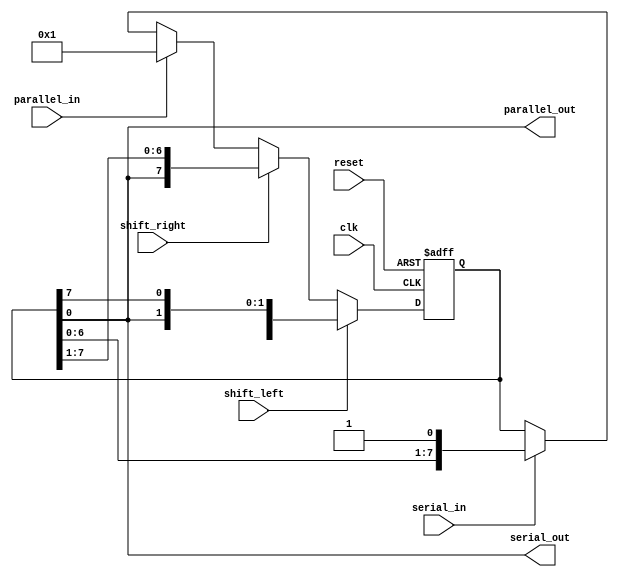
module universal_shift_register (
    input wire clk,
    input wire reset,
    input wire shift_left,
    input wire shift_right,
    input wire parallel_in,
    input wire serial_in,
    output wire parallel_out,
    output wire serial_out
);

reg [7:0] data_reg;

always @(posedge clk or posedge reset)
begin
    if (reset)
        data_reg <= 8'b0;
    else if (shift_left)
        data_reg <= {data_reg[6:0], data_reg[7]};
    else if (shift_right)
        data_reg <= {data_reg[0], data_reg[7:1]};
    else if (parallel_in)
        data_reg <= parallel_in;
    else if (serial_in)
        data_reg <= {data_reg[6:0], serial_in};
end

assign parallel_out = data_reg;
assign serial_out = data_reg[0];

endmodule